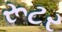
રૂટર